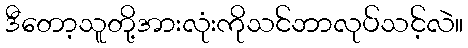
ဒီတော့သူတို့အားလုံးကိုသင်ဘာလုပ်သင့်လဲ။